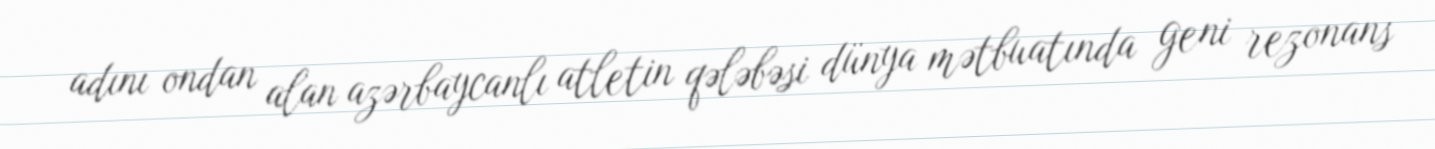
adını ondan alan azərbaycanlı atletin qələbəsi dünya mətbuatında geni rezonans